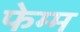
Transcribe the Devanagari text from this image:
फेम्म